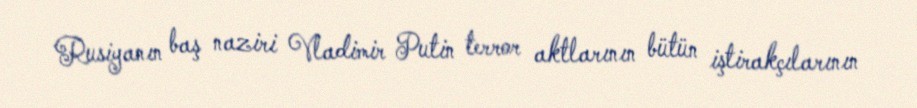
Rusiyanın baş naziri Vladimir Putin terror aktlarının bütün iştirakçılarının